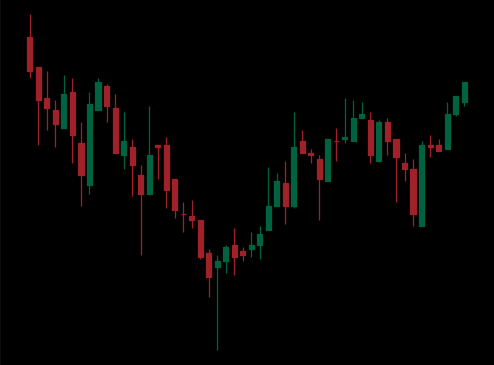
Pattern: inverse_head_shoulders